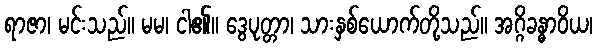
ရာဇာ၊ မင်းသည်။ မမ၊ ငါ၏။ ဒွေပုတ္တာ၊ သားနှစ်ယောက်တို့သည်။ အဂ္ဂိခန္ဓာဝိယ၊